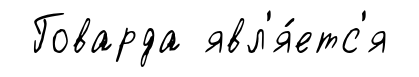
Говарда явл'я́етс'я